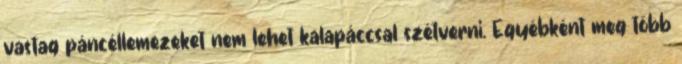
vastag páncéllemezeket nem lehet kalapáccsal szétverni. Egyébként meg több